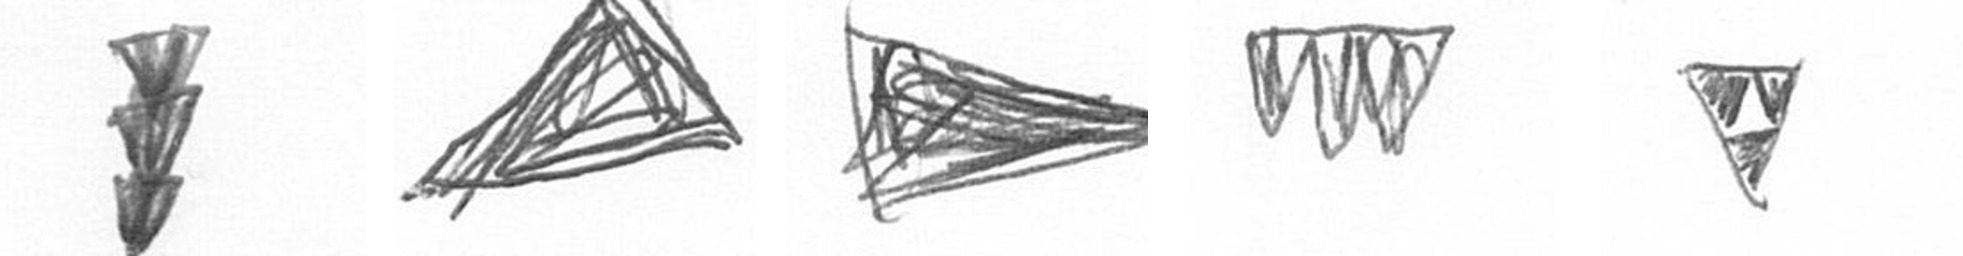
E O T L S